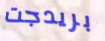
بريدجت